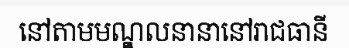
នៅតាមមណ្ឌលនានានៅរាជធានី